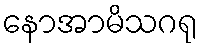
နောအာမိသဂရု